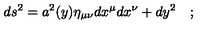
d s ^ { 2 } = a ^ { 2 } ( y ) \eta _ { \mu \nu } d x ^ { \mu } d x ^ { \nu } + d y ^ { 2 } \quad ;